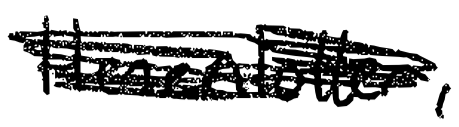
Text: Henenlotter,
Cross-out: scratch
Writing tool: digital_black